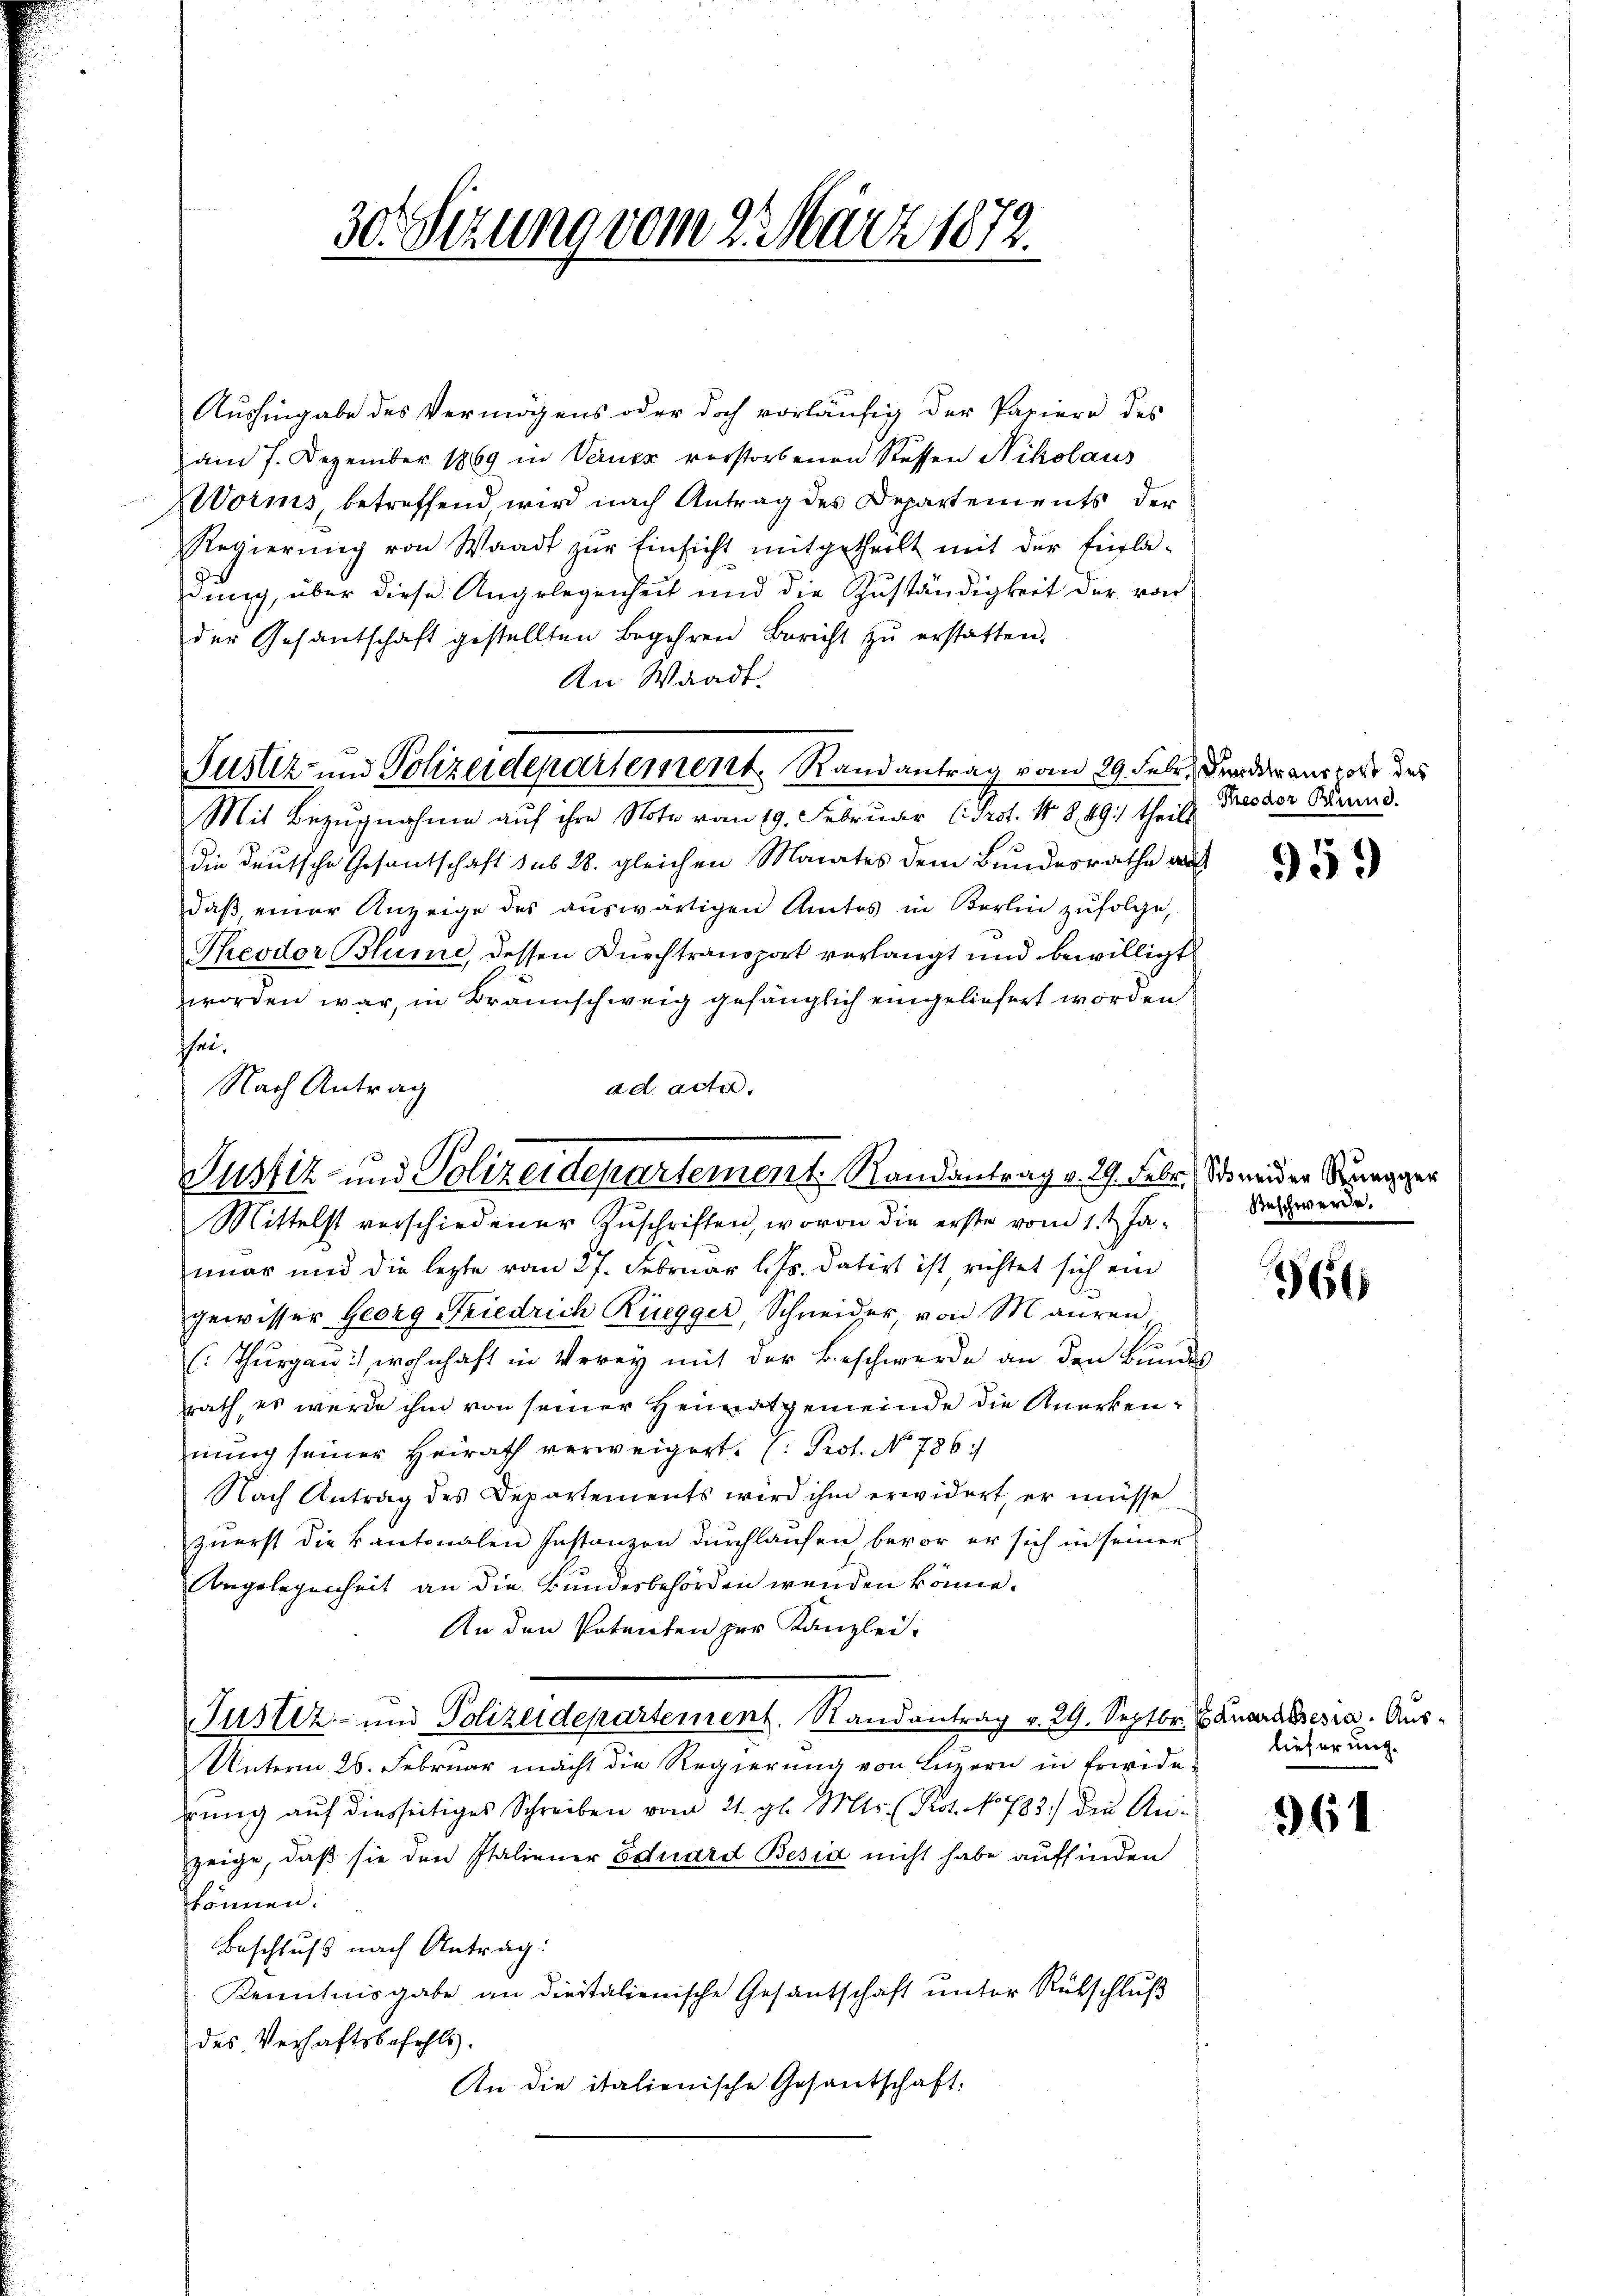
Aushingabe des Vermögens oder doch vorläufig der Papiere des
am 7. Dezember 1869 in Verner verstorbenen Sessen Nikolaus
Worms, betreffend wird nach Antrag des Departements der
Regierŭng von Waadt zŭr Einsicht mitgetheilt mit der Einla-
dung, über diese Angelegenheit und die Zuständigkeit der von
der Gesandschaft gestellten Begehren Bericht zŭ erstatten.
An Waadt.
Fustiz- und Polizeidepartement. Randantrag vom 29. Febr. den der anstalt des
Mit Bezugnahme auf ihre Note vom 19. Februder (Prot. N. 8, 491) theils
die deutsche Gesantschaft sub 28. gleichen Monates dem Bundesrathe aus
daß einer Anzeige des auswärtigen Amtes in Berlin zŭfolge,
Theodor Blüme, dessen Durchtransport verlangt und bewilligt
worden war, in Braunschweig gefänglich eingeliefert worden
chen.

Nach Antrag
ad acta.
Justiz- und Polizeidepartement Randantrag v. 29. Febr. Stander Super
Mittelst verschiedener Zŭschriften, wovon die erste vom 1.t Ja¬

mar und die lezte vom 27. Februar l. Js. datirt ist, richtet sich ein
gewisser Georg Friedrich Rüegger, Schneider, von Mauren
(Thurgau), wohnhaft in Verey mit der Beschwerde an den Bundes
rath, es werde ihm von seiner Heimatgemeinde die Anerkennung seiner Heirath verweigert. (: Prot. No 786/
Nach Antrag des Departements wird ihm erwidert, er müsse
zŭerst die kantonalen Instanzen dŭrchlaufen bevor er sich in seiner
Angelegenheit an die Bundesbehörden wenden könne.
An den Potenten zur Kanzlei-
Justiz- und Polizeidepartement. Randantrag v. 29. Septbr. Generalesia. Aus¬
Unterm 26. Februar macht die Regierung von Luzern in Erwiderung auf diesseitiges Schreiben vom 21. gl. Mts. (Prot. No 783) die Anzeige, daß sie den Italiener Eduard Besia nicht habe auffinden
können.
Beschluß nach Antrag:
Kenntnisgabe an diestalienische Gesandschaft ŭnter Rükschluß
des Verhaftsbefehls.
An die italienische Gesandschaft:

30. Sitzung vom 2. März 1872.

Theodor Bund.

959

Beschwerde.

366

lieferung.

961